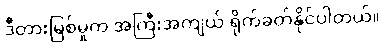
ဒီတားမြစ်မှုက အကြီးအကျယ် ရိုက်ခတ်နိုင်ပါတယ်။